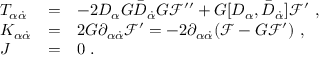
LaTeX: \begin{array} { l l l } { { T _ { \alpha { \dot { \alpha } } } } } & { { = } } & { { - 2 D _ { \alpha } G { \bar { D } } _ { \dot { \alpha } } G { \mathcal F } ^ { \prime \prime } + G [ D _ { \alpha } , { \bar { D } } _ { \dot { \alpha } } ] { \mathcal F } ^ { \prime } \ , } } \\ { { K _ { \alpha { \dot { \alpha } } } } } & { { = } } & { { 2 G \partial _ { \alpha { \dot { \alpha } } } { \mathcal F } ^ { \prime } = - 2 \partial _ { \alpha { \dot { \alpha } } } ( { \mathcal F } - G { \mathcal F } ^ { \prime } ) \ , } } \\ { { J } } & { { = } } & { { 0 \ . } } \end{array}